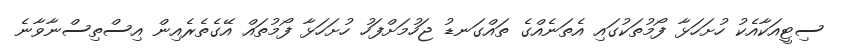
ސިޓީއަކާއެކު ހުށަހަޅާ ފޯމުތަކުގައި އެތަނެއްގެ ތައްގަނޑު ޖަހުމަށްފަހު ހުށަހަޅާ ފޯމުތައް އޭގެތެރެއިން އިސްތިސްނާވާނެ